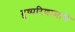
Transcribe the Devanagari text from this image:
दुष्परिणामांचे